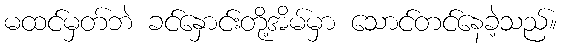
မထင်မှတ်ဘဲ ခင်နှောင်းတို့အိမ်မှာ သောင်တင်နေခဲ့သည်။